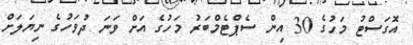
އޮގަސްޓު މަހުގެ 30 އިން ސެޕްޓެމްބަރު މަހުގެ އަށް ވަނަ ދުވަހުގެ ނިޔަލަށް